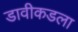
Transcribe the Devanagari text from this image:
डावीकडला